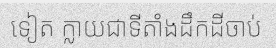
ទៀត ក្លាយជាទីតាំងដឹកដីចាប់